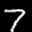
Label: 7